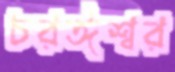
চরঈশ্বর